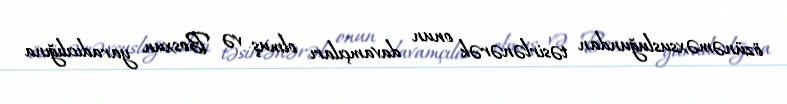
özünəməxsusluğundan təsirlənərək onun davamçıları olmuş və Bosxun yaradıcılığına